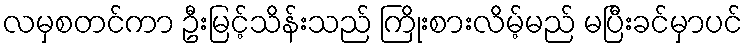
လမှစတင်ကာ ဦးမြင့်သိန်းသည် ကြိုးစားလိမ့်မည် မပြီးခင်မှာပင်